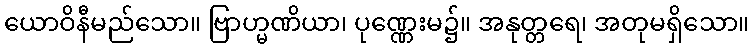
ယောဝိနီမည်သော။ ဗြာဟ္မဏိယာ၊ ပုဏ္ဏေးမ၌။ အနုတ္တရေ၊ အတုမရှိသော။